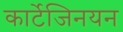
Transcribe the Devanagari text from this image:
कार्टेजिनयन